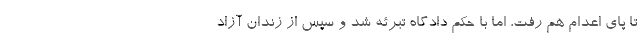
تا پای اعدام هم رفت، اما با حکم دادگاه تبرئه شد و سپس از زندان آزاد